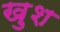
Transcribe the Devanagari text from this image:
खु़श